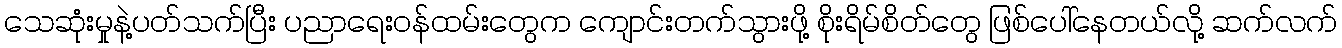
သေဆုံးမှုနဲ့ပတ်သက်ပြီး ပညာရေးဝန်ထမ်းတွေက ကျောင်းတက်သွားဖို့ စိုးရိမ်စိတ်တွေ ဖြစ်ပေါ်နေတယ်လို့ ဆက်လက်